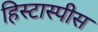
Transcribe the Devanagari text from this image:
हिस्टास्पीस